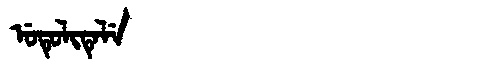
Manchu: ᡠᡨᡠᠯᡳᡨᡝᠯᡝ
Romanization: UTULITELE